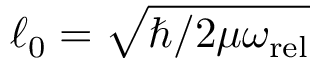
\ell _ { 0 } = \sqrt { \hbar / 2 \mu \omega _ { \mathrm { r e l } } }